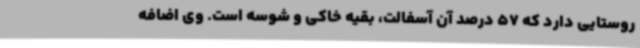
روستایی دارد که 57 درصد آن آسفالت، بقیه خاکی و شوسه است. وی اضافه